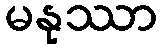
မနုဿာ